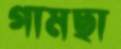
গামছা